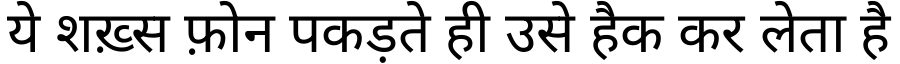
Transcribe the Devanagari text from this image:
ये शख़्स फ़ोन पकड़ते ही उसे हैक कर लेता है